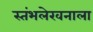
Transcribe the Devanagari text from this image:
स्तंभलेखनाला